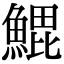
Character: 𬵝